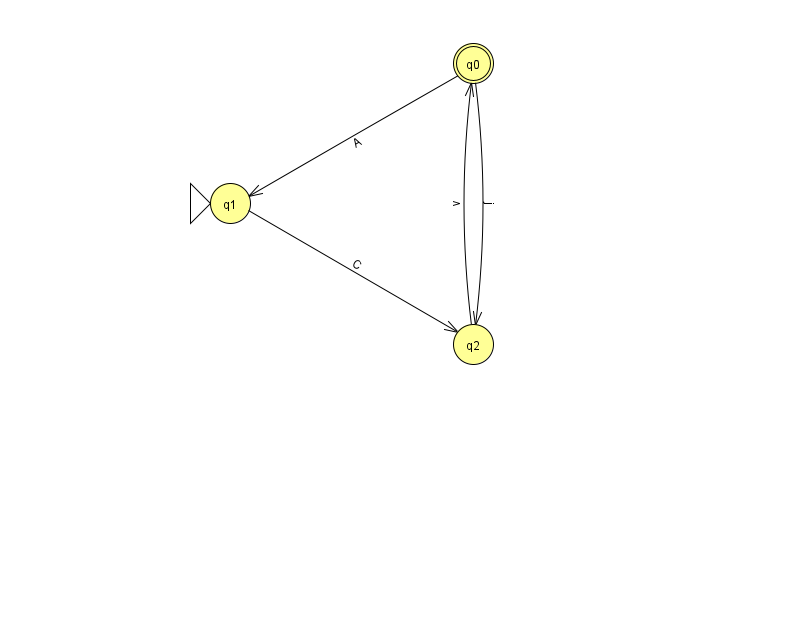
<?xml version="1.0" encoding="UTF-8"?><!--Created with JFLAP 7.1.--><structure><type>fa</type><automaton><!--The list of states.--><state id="0" name="q0"><x>473.0</x><y>50.0</y><final/></state><state id="1" name="q1"><x>230.0</x><y>190.0</y><initial/></state><state id="2" name="q2"><x>473.0</x><y>331.0</y></state><!--The list of transitions.--><transition><from>0</from><to>1</to><read>A</read></transition><transition><from>0</from><to>2</to><read>j</read></transition><transition><from>1</from><to>2</to><read>C</read></transition><transition><from>2</from><to>0</to><read>v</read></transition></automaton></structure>